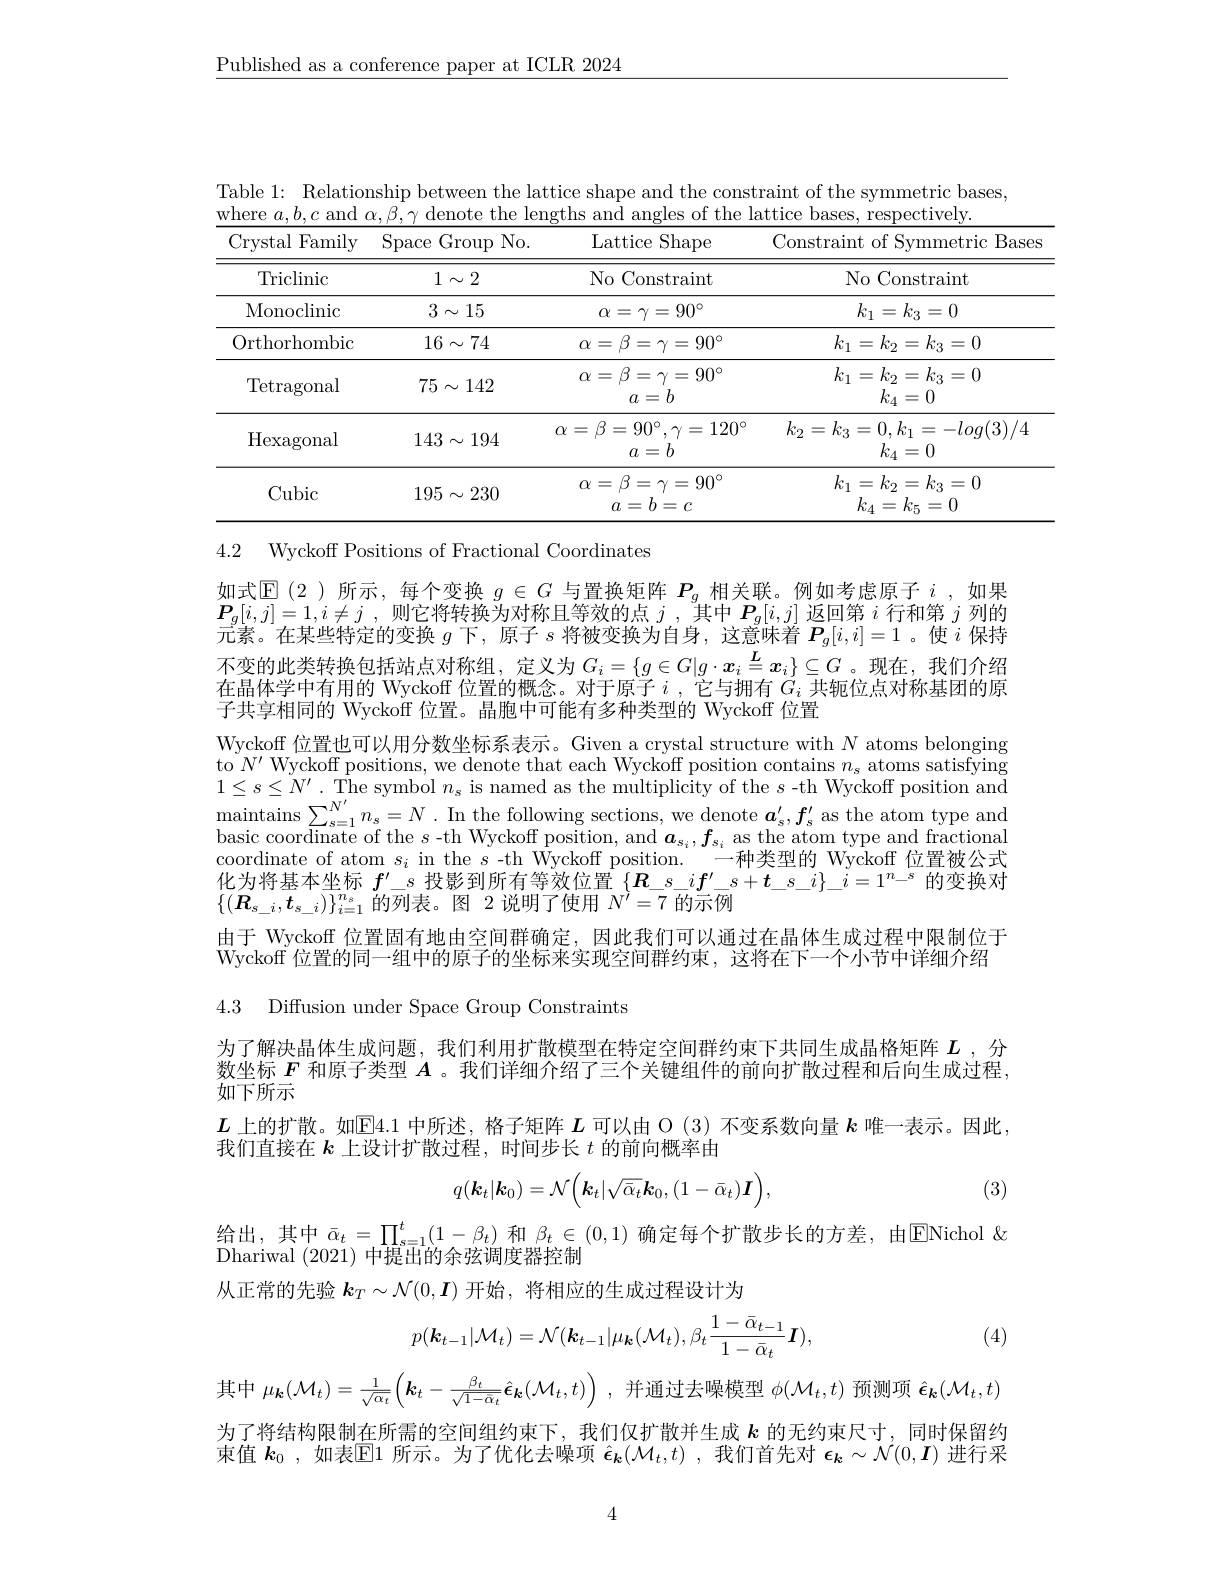
$\underline{\text{Published as a conference paper at ICLR 2024}}$

Table 1: Relationship between the lattice shape and the constraint of the symmetric bases,
where $a,b,c$ and $\alpha,\beta,\gamma$ denote the lengths and angles of the lattice bases, respectively
<table>
	<tbody>
		<tr>
			<th>Crystal Family</th>
			<th>$\operatorname{Space}$ Group $No.$</th>
			<th>Lattice Shape</th>
			<th>Constraint of Symmetric Bases</th>
		</tr>
		<tr>
			<td>Triclinic</td>
			<td>$1\sim2$</td>
			<td>No Constraint</td>
			<td>No Constraint</td>
		</tr>
		<tr>
			<td>Monoclinic</td>
			<td>$3\sim15$</td>
			<td>$\alpha=\gamma=90^{\circ}$</td>
			<td>$k_{1}=k_{3}=0$</td>
		</tr>
		<tr>
			<td>Orthorhombic</td>
			<td>$16\sim74$</td>
			<td>$\alpha=\beta=\gamma=90^{\circ}$</td>
			<td>$k_{1}=k_{2}=k_{3}=0$</td>
		</tr>
		<tr>
			<td>$\operatorname{Tetragonal}$</td>
			<td>$75\sim142$</td>
			<td>$\alpha=\beta=\gamma=90^{\circ}$ $a=b$</td>
			<td>$k_{1}=k_{2}=k_{3}=0$ $k_4=0$</td>
		</tr>
		<tr>
			<td>Hexagonal</td>
			<td>$143\sim194$</td>
			<td>$\alpha=\beta=90^{\circ},\gamma=120^{\circ}$ $a=b$</td>
			<td>$k_{2}=k_{3}=0,k_{1}=-log(3)/4$ $k_{4}=0$</td>
		</tr>
		<tr>
			<td>Cubic</td>
			<td>$195\sim230$</td>
			<td>$\alpha=\beta=\gamma=90^{\circ}$ $a=b=c$</td>
			<td>$k_{1}=k_{2}=k_{3}=0$ $k_{4}=k_{5}=0$</td>
		</tr>
	</tbody>
</table>

4.2 Wyckoff Positions of Fractional Coordinates

如式$\operatorname{E}($2)所示，每个变换$g\in G$与置换矩阵$P_g$相关联。例如考虑原子$i$,如果$\boldsymbol{P}_g[ i, j] = 1, i\neq j$ ,则它将转换为对称且等效的点$j$ ,其中$\boldsymbol P_g[i,j]$返回第$i$行和第$j$列的元素。在某些特定的变换$g$下，原子$s$将被变换为自身，这意味着$P_g[i,i]=1$ 。使$i$保持不变的此类转换包括站点对称组，定义为$G_i=\{g\in G|g\cdot\boldsymbol{x}_i\overset{L}{\operatorname*{=}}\boldsymbol{x}_i\}\subseteq G$ 。现在，我们介绍在晶体学中有用的 Wyckoff 位置的概念。对于原子$i$ ,它与拥有$G_i$共轭位点对称基团的原子共享相同的 Wyckoff 位置。晶胞中可能有多种类型的 Wyckoff 位置
Wyckoff 位置也可以用分数坐标系表示。Given a crystal structure with $N$ atoms belonging to $N^\prime$ Wyckoff positions, we denote that each Wyckoff position contains $n_s$ atoms satisfying $1\leq s\leq N^{\prime}$ . The symbol $n_s$ is named as the multiplicity of the $s$ -th Wyckoff position and maintains$\sum _{s= 1}^{N^{\prime }}n_{s}= N$ . In the following sections, we denote $\boldsymbol{a}_{s}^{\prime }, \boldsymbol{f}_{s}^{\prime }$ as the atom type and bosin ordinat of tho a th Wralrof noition ond $\boldsymbol{a}\boldsymbol{f}_{s}$ as the atom type and basic coordinate of the $s$-th Wyckoff position, and $\boldsymbol a_{s_i},\boldsymbol{f}_{s_i}$ as the atom type and fractional
一种类型的 Wyckoff 位置被公式
coordinate of atom $s_i$ in the $s$ -th Wyckoff position.
化 为 将 基 本 坐 标 $f^{\prime }\_ s$ 投 影 到 所 有 等 效 位 置 $\{ \boldsymbol{R}\_ \underline {s}\_ \underline {i}\boldsymbol{f}^{\prime }$ $s+ \boldsymbol{t}\_ \underline {s}\_ \underline {i}\} \_ i= 1^{n\_ s}$ 的 变 换 对 $[ ( \boldsymbol{B}\_ \boldsymbol{t}) ] ^{n_s}$ 故 列 丰 图 2 说 明 了 估 用 $N^{\prime }- 7$ 的 云 $\boldsymbol{h}$
$\{(\boldsymbol{R}_{s\_i},\boldsymbol{t}_{s\_i})\}_{i=1}^{n_s}$的列表。图 2 说明了使用 $N^{\prime}=7$ 的示例
由于 Wyckoff 位置固有地由空间群确定，因此我们可以通过在晶体生成过程中限制位于Wyckoff 位置的同一组中的原子的坐标来实现空间群约束，这将在下一个小节中详细介绍

4.3 Diffusion under Space Group Constraints

为了解决晶体生成问题，我们利用扩散模型在特定空间群约束下共同生成晶格矩阵$L$ ,分数坐标$F$和原子类型$A$ 。我们详细介绍了三个关键组件的前向扩散过程和后向生成过程， 如下所示
$L$上的扩散。如$\mathbb{E}4.1$中所述，格子矩阵$L$可以由 O (3) 不变系数向量$k$唯一表示。因此，
我们直接在$k$上设计扩散过程，时间步长$t$的前向概率由
$$q(\boldsymbol{k}_t|\boldsymbol{k}_0)=\mathcal{N}\Big(\boldsymbol{k}_t|\sqrt{\bar{\alpha}_t}\boldsymbol{k}_0,(1-\bar{\alpha}_t)\boldsymbol{I}\Big),$$
(3)

给出，其中$\bar{\alpha}_t=\prod_{s=1}^t(1-\beta_t)$和$\beta_t\in(0,1)$确定每个扩散步长的方差，由$\mathbb{E}$Nichol $\&$
Dhariwal (2021)中提出的余弦调度器控制
从正常的先验$k_T\sim\mathcal{N}(0,\boldsymbol{I})$开始，将相应的生成过程设计为
$$p(\boldsymbol k_{t-1}|\mathcal M_t)=\mathcal N(\boldsymbol k_{t-1}|\mu_{\boldsymbol k}(\mathcal M_t),\beta_t\frac{1-\bar\alpha_{t-1}}{1-\bar\alpha_t}\boldsymbol I),$$
(4)

其中$\mu_{\boldsymbol{k}}(\mathcal{M}_t)=\frac1{\sqrt{\alpha_t}}\left(\boldsymbol{k}_t-\frac{\beta_t}{\sqrt{1-\bar{\alpha}_t}}\boldsymbol{\epsilon}_{\boldsymbol{k}}(\mathcal{M}_t,t)\right)$,并通过去噪模型$\phi(\mathcal{M}_t,t)$预测项$\hat{\boldsymbol{\epsilon}}_{\boldsymbol{\kappa}}(\mathcal{M}_t,t)$ 为了将结构限制在所需的空间组约束下，我们仅扩散并生成$k$的无约束尺寸，同时保留约束值$\boldsymbol{k}_0$ ,如表$\overline{\mathbb{E}}1$所示。为了优化去噪项$\hat{\epsilon}_k(\mathcal{M}_t,t)$ ,我们首先对$\boldsymbol\epsilon_k\sim\mathcal{N}(0,\boldsymbol{I})$进行采

4